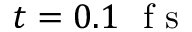
t = 0 . 1 ~ \mathrm { ~ f ~ s ~ }